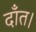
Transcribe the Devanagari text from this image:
दाँत।